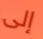
إلى